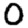
Digit: 0